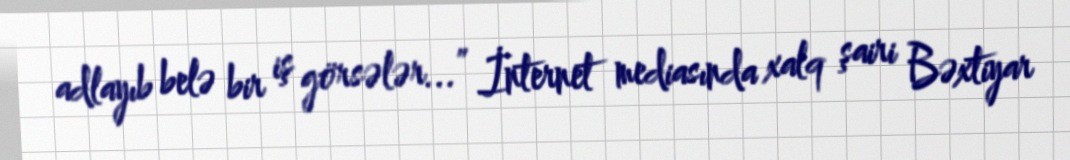
adlayıb belə bir iş görsələr...” İnternet mediasında xalq şairi Bəxtiyar